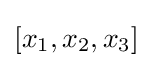
[x_{1},x_{2},x_{3}]